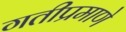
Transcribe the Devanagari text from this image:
गतीप्रमाणे